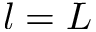
l = L